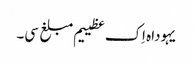
یہوداہ اِک عظییم مبلغ سی۔